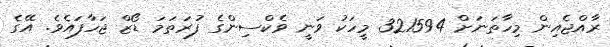
ރާއްޖެއިން މިހާތަނަށް 321594 މީހަކު ވަނީ ވެކްސިންގެ ފުރަތަމަ ޑޯޒް ޖަހާފައެވެ. އޭގެ